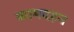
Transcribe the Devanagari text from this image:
कामदहन